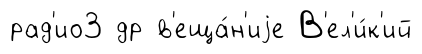
рад'ио3 др в'еща́н'иjе В'ел'и́к'ий